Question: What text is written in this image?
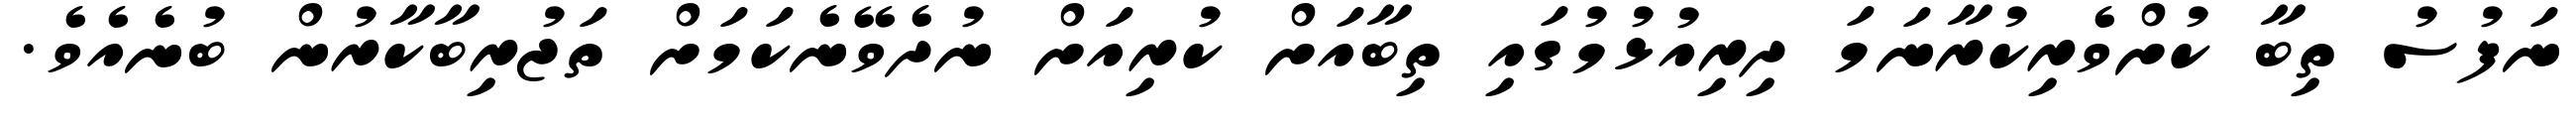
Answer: ނަފުސު ތިބާ ކުށްވެރިކުރާނަމަ ދިރިއުޅުމުގައި ތިބާއަށް ކުރިއަށް ނުދެވޭނެކަމަށް ތަޖުރިބާކާރުން ބުނެއެވެ.